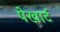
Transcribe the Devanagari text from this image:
पेखार्ट